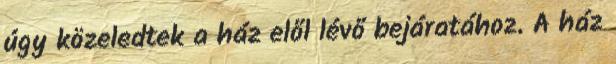
úgy közeledtek a ház elől lévő bejáratához. A ház